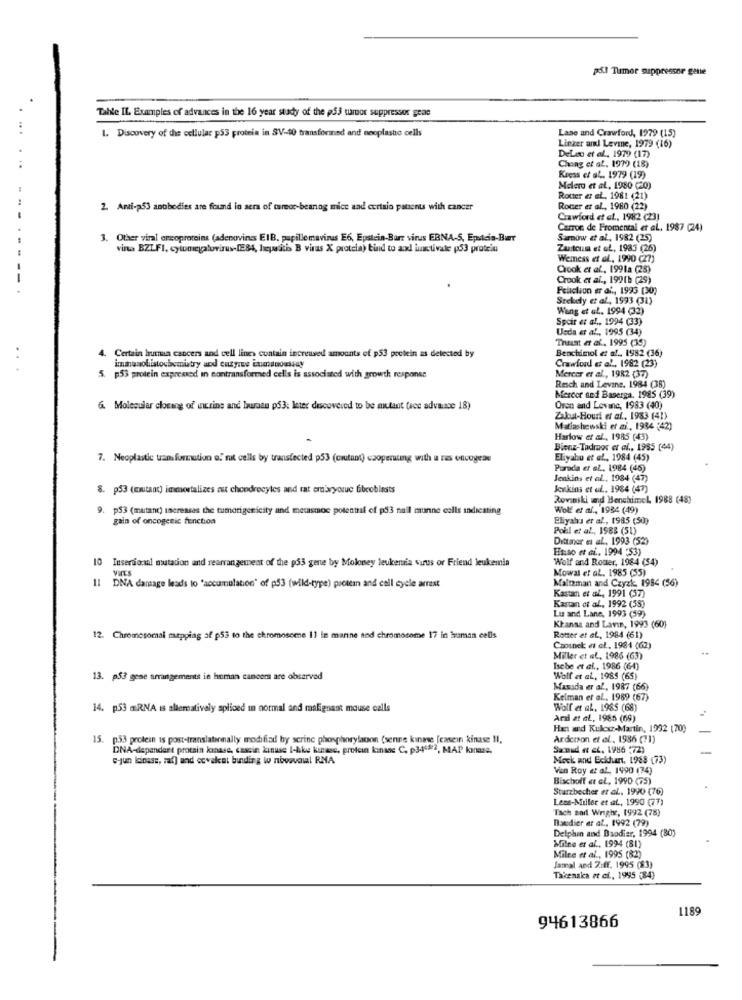
p&t Tumor suppressor gette
.
Tahle IL Examples of advances in the 16 year study of the p53 tror suppressor geae
1. Discovery of the cellular p53 protein in SV-40 transformed and neoplaste cells
.. .
Laae and Crawford, 1979 (15)
Linzer and Levine, 1979 (16)
DeLau et al ., 1979 (17)
Chong et al. 1979 (18)
...
Kress et al. 1979 (19)
Melero et al, 1980 (20)
Rotter et al. 1981 (21)
2. Anti-253 anobodies are found in sera of careor-beanog mice and certaio patients with cancer
Rocer et al ., 1980 (22)
Crawford et al ., 1982 (23)
Carron de Fromental et al ., 1987 (24)
3. Other viral orcoproteins (adenovirus EIB. papillomavirus E6, Epstein-Barr virus ERNA-S, Epatcia-But
Sarow et al ., 1982 (25)
vino BZLFI, cytomegalovirus-[E84, hepatitis B virus X protcia) bind to and lumstivale p53 protein
Zutoum et AL, 1983 (26)
Wemess et al ., 1990 (27)
Crook et al ., 1991a (28)
Crook et al ., 1991b (29)
Feliclion er af ., 1993 (30)
Stekely et al ., 1993 (31)
Wang et al. 1994 (32)
Spcir et al ., 1994 (33)
Usda et al ., 1995 (34)
Thust et al ., 1995 (35)
Benchimol et al ., 1982 (36)
4. Certain burua cancers and cell lines contain increased amounts of p53 poetein as detected by
immunohistochemistry and cozyrue iumanoussay
...
Crawford et al. 1982 (23)
5. p53 protein expressed in sontransformed cells is associated with growth response
Mercer et al ., 1982 (37)
Resch and Levine. 1984 (38)
Mercer and Baserga. 1985 (39)
&. Molecular closing of intrins and buraau p53; leter discovered to be mutant (sce advance 18)
Oren and Lovenc, 1983 (40)
Zaloat-Houri et af .. 1983 (41)
Matiashewski et zi ., 1984 :42)
Harlow et al ., 1985 (43)
Bienz-Tadmor et al ., 1995 (44)
7. Neoplastic transformation o.' nut cells by transtected p53 (ortant) cooperating with a res oncogeas
Eliyahu et al ., 1984 (45)
Porada et al ., 1984 (45)
Jenkins et al. 1984 (47)
8. p53 (mutanc) immortalizes est chondrocytes and rat eraryorue fibroblasts
Jenkins et al. 1984 (47)
Roviniki and Benchimel 1988 (48)
9. p53 (mutanc) increases the tumorigericity and metasmoc potentraf of p53 nall munne calls indicating
Wolf et af ., 1984 (49)
gain of oncogenic function
Eliyahu er af, 1985 (50)
Polil et al ., 1988 (51)
Dittmer et al ., 1993 (523
Esso et al ., 1994 :53)
10 Insertional mutation and rearrangement of the p33 gente by Moloney leukenia surus or Friend leukemia
Wolf and Roster, 1984 (54)
VIES
Mowal et al. 1985 (55)
11
Maltzman and Czyzk, 1984 (56)
DNA damage leads to 'accumulation" of p53 (wild-type) protein and cell cycle arrest
Kastan et al ., 1991 (37)
Kastan et al ., 1992 (55)
Lu and Lane, 1993 (59)
Ktansa and Lavin, 1993 (60)
12. Chromosomal mapping af p53 to the chromosome 11 in manne and chromosome 17 in traman cells
Roter et al ., 1984 (61)
Czosnek: et al. 1984 (62)
Miller et al. 1986 (63)
Ische et al ., 1986 (64)
13. p53 gene arrangements in human cancers are observed
Wolf et al, 1985 (65)
Masada er al, 1987 (66)
Kelman et al ., 1989 (67)
14. p53 mRNA is alternativaly spliced in normal and malignant mouse calls
Wolf et al. 1985 (68)
Ardi at aL, 1985 (69)
Han and Kukxr-Martin, 1992 (70)
15.
p.53 prolesn is post-translationally modified by scrinc phosphorylacon (senne kinase [easein kinase Il,
Anderson et al, 1986 (71)
DNA-dependent protein kinase, cascin kanuse I-kke kinase, protein kinase C. p34682, MAP lonase.
Sanud et cc. 1986 :72)
c-jun kinase, raf) and covalent binding to noavail RNA
Mock and Eciduart. 1988 (73)
Vin Roy et al ., 1990 (74)
Bischoff et al, 1990 (75)
Starzbecher et al. 1990 (76)
Less-Miller et al ., 1990 (77)
Tach sort Wrigh, 1992 (78)
Baudier er af ., 1992 (79)
Delphin and Daodier, 1994 (80)
Milne et al ., 1994 (81)
Milee et al ., 1995 (82)
Jamal and 2:ff, 1995 (83)
Takenaka et ci ., 1995 (84)
1189
94613866